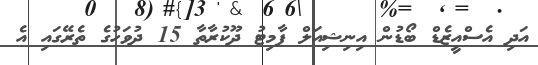
އަދި އެސްއީޒެޑް ބޯޑުން އިނިޝިއަލް ޕާމިޓު ދޫކުރާތާ 15 ދުވަހުގެ ތެރޭގައި އެ